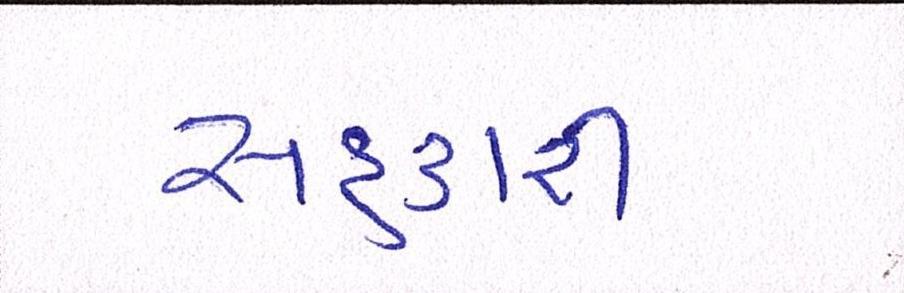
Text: સહકારી